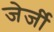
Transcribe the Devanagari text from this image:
जेर्जी